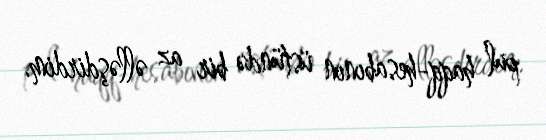
pul haqq-hesabının üstündə bir az əlləşdirdim.